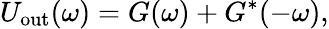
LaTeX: U_{\mathrm{out}}(\omega)=G(\omega)+G^{*}(-\omega),